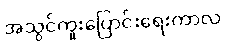
အသွင်ကူးပြောင်းရေးကာလ